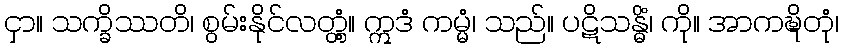
ငှာ။ သက္ခိဿတိ၊ စွမ်းနိုင်လတ္တံ့။ ဣဒံ ကမ္မံ၊ သည်။ ပဋိသန္ဓိံ၊ ကို။ အာကဍ္ဎိတုံ၊